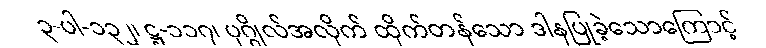
၃-ပါ-၁၃၂၊ ဋ္ဌ-၁၁၇၊ ပုဂ္ဂိုလ်အလိုက် ထိုက်တန်သော ဒါနပြုခဲ့သောကြောင့်